Black-water fever - Number 35
Disease focus: Fever
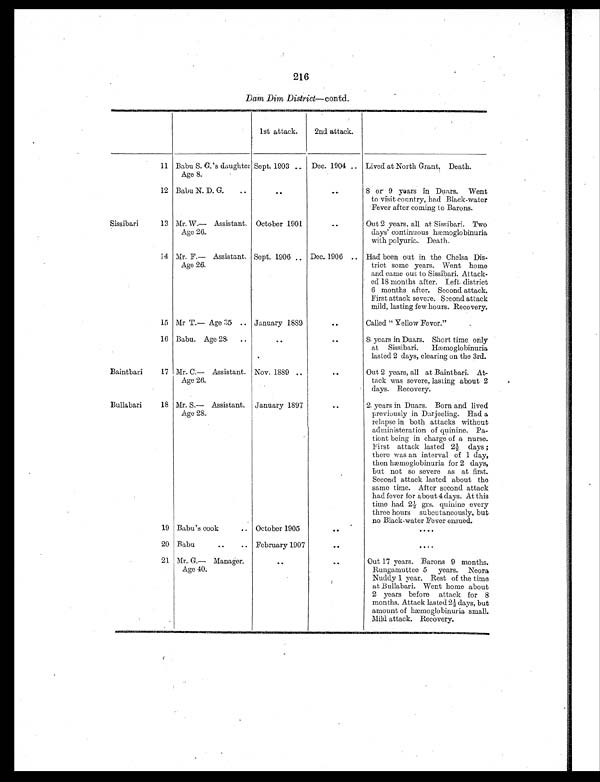
216
Dam Dim District—contd.
1st attack.
2nd attack.
11 Babu S. G.s daughter
Age 8.
Sept. 1903 .. Dec. 1904 .. Lived at North Grant. Death.
12 Babu N. D. G.
..
. .
..
8 or 9 years in Duars. Went
to visit country, had Black-water
Fever after coming to Barons.
Sissibari
13 Mr. W..— Assistant.
Age 26.
October 1901
. .
Out 2 years, all at Sissibari. Two
days' continuous hæmoglobinuria
with polyuria. Death.
14 Mr. F.— Assistant.
A g e 2 6 .
Sept. 1906 .. Dec. 1906 .. Had been out in the Chelsa Dis-
trict some years. Went home
and came out to Sissibari. Attack-
ed 18 months after. Left district
6 months after. Second attack.
First attack severe. Second attack
mild, lasting few hours. Recovery.
15 Mr T.— Age 35 .. January 1889
. . Called "Yellow Fever."
16 Babu. Age 28
..
..
..
8 years in Duars. Short time only
at Sissibari. Hæmoglobinuria
lasted 2 days, clearing on the 3rd.
Baintbari
17 Mr.. C.— Assistant.
Age 26.
Nov. 1889 . .
..
Out 2 years, all at Baintbari. At-
tack was severe, lasting about 2
days. Recovery.
Bullabari
18 Mr. S.— Assistant.
Age 28.
January 1897
..
2 years in Duars. Born and lived
previously in Darjeeling. Had a
relapse in both attacks without
administeration of quinine. Pa-
tient being in charge of a nurse.
First attack lasted 2½ days ;
there was an interval of 1 day,
then hæmoglobinuria for 2 days,
but not so severe as at first.
Second attack lasted about the
same time. After second attack
had fever for about 4 days. At this
time had 2½ grs. quinine every
three hours subcutaneously, but
no Black-water Fever ensued.
19 Babu's cook
.. October 1905
..
. . . .
20 Babu
..
.. February 1907
. .
. . . .
21 Mr.. G.— Manager.
A g e 4 0 .
..
. . Out 17 years. Barons 9 months.
Rungamuttee 5 years. Neora
Nuddy 1 year. Rest of the time
at Bullabari. Went home about
2 years before attack for 8
months. Attack lasted 2½ days, but
amount of hæmoglobinuria small.
Mild attack. Recovery.